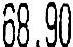
68.90